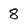
Character: 8